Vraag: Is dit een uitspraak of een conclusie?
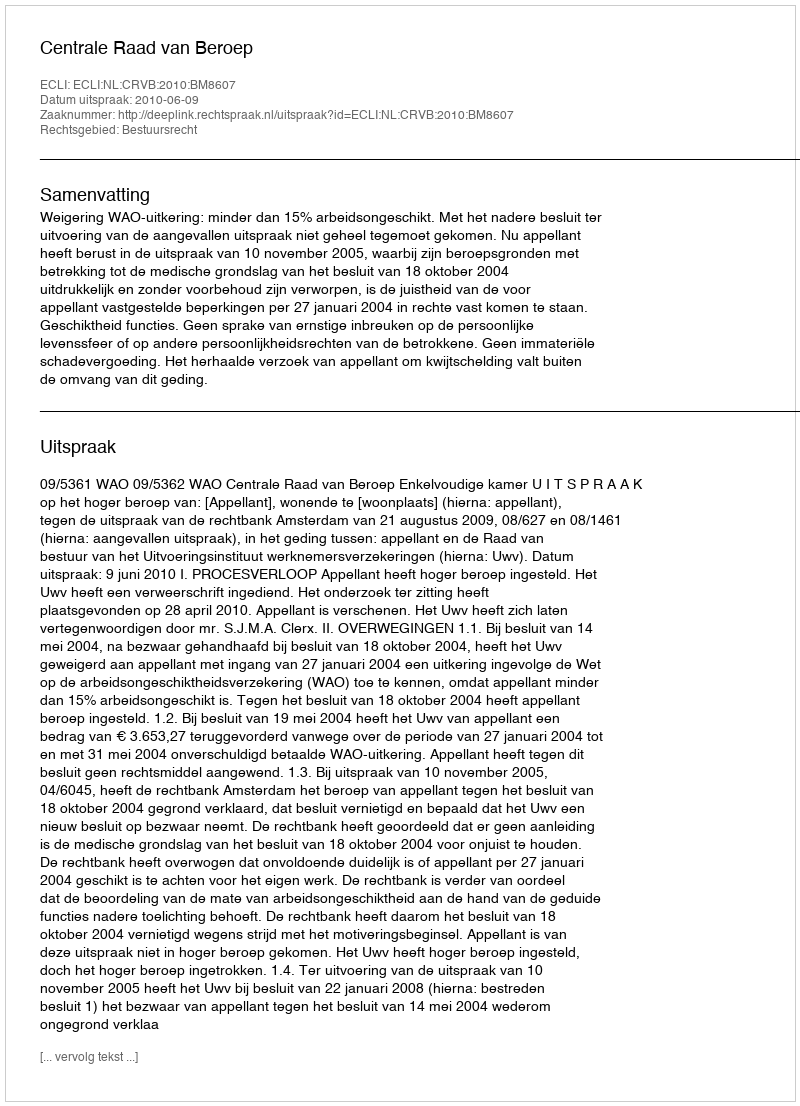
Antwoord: Uitspraak